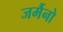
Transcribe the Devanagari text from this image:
जर्मैनो